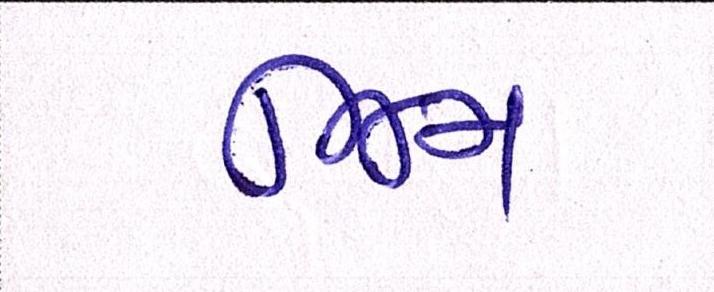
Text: જિમ